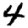
Digit: 4